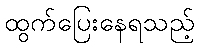
ထွက်ပြေးနေရသည့်